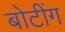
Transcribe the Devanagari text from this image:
बोटींग